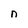
Character: n